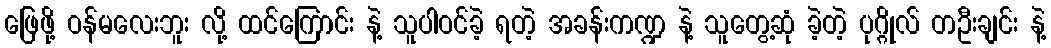
ဖြေဖို့ ဝန်မလေးဘူး လို့ ထင်ကြောင်း နဲ့ သူပါဝင်ခဲ့ ရတဲ့ အခန်းကဏ္ဍ နဲ့ သူတွေ့ဆုံ ခဲ့တဲ့ ပုဂ္ဂိုလ် တဦးချင်း နဲ့